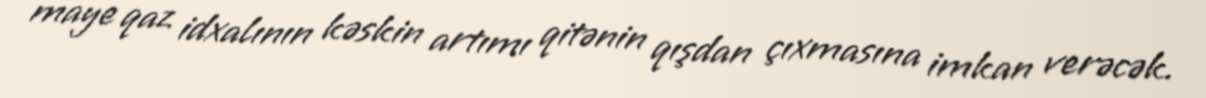
maye qaz idxalının kəskin artımı qitənin qışdan çıxmasına imkan verəcək.